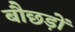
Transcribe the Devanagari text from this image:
बौछड़ों